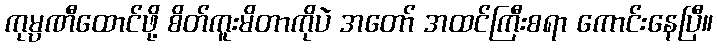
ကုမ္ပဏီထောင်ဖို့ စိတ်ကူးမိတာကိုပဲ အတော် အထင်ကြီးစရာ ကောင်းနေပြီ။